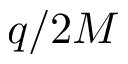
q / 2 M